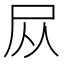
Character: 𪨊